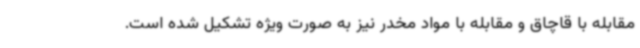
مقابله با قاچاق و مقابله با مواد مخدر نیز به صورت ویژه تشکیل شده است.